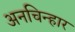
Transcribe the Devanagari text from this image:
अनचिन्हार